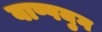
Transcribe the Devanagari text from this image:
वाष्पयुग